Memorandum on the prevention of leprosy by segregation of the affected
Disease focus: Leprosy
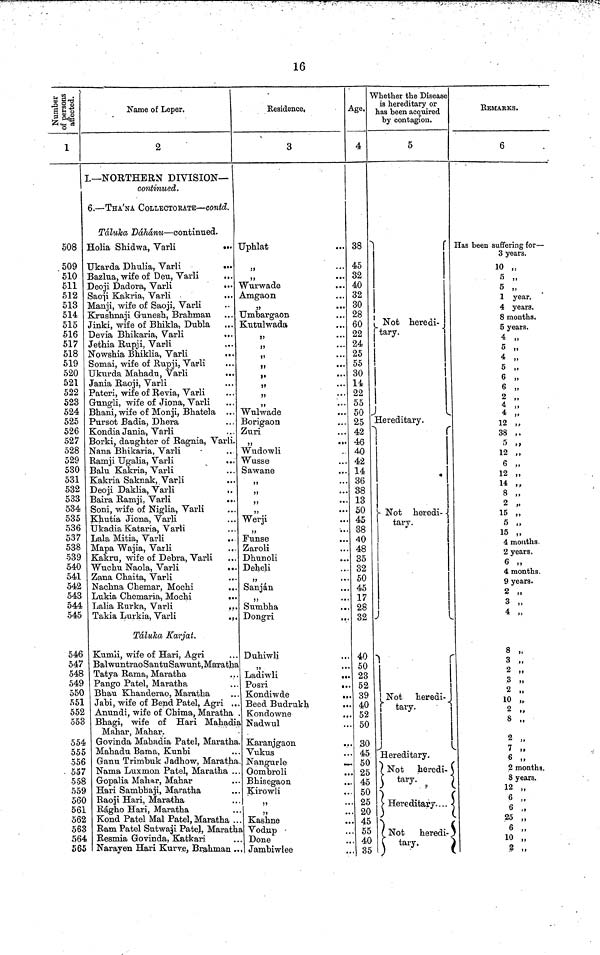
16
Number of peresonsaffected.
1
508
509
510
511
512
513
514
515
516
517
518
519
520
521
522
523
524
525
526
527
528
529
530
531
532
533
534
535
536
537
538
539
540
541
542
543
544
545
546
547
548
549
550
551
552
553
554
555
556
557
558
559
560
561
562
563
564
565
Name of Leper.
2
I.— NORTHERN DIVISION—
continued.
6. — THA'NA COLLECTORATE — contd.
Taluka Ddhdnu — continued.
Holia Shidwa, Varli
Ukarda Dhulia, Varli
Bazlua, wife of Deu, Varli
Deoji Dadora, Varli
Saoji Kakria, Varli
Manji, wife of Saoji, Varli
Krushnaji Gunesh, Brahman
Jinki, wife of Bhikla, Dubla
Devia Bhikaria, Varli
Jethia Rupji, Varli
Nowshia Bhiklia, Varli
Somai, wife of Rupji, Varli
Ukurda Mahadu, Varli
Jania Raoji, Varli
Pateri, wife of Revia, Varli
Gungli, wife of Jiona, Varli
Bhani, wife of Monji, Bhatela
Pursot Badia, Dhera
Kondia Jania, Varli
Borki, daughter of Ragnia, Varli.
Nana Bhikaria, Varli
Ramji Ugalia, Varli
Balu Kakria, Varli
Kakria Saknak, Varli
Deoji Daklia, Varli
Baira Ramji, Varli
Soni, wife of Niglia, Varli
Khutia Jiona, Varli
Ukadia Kataria, Varli
Lala Mitia, Varli
Mapa Wajia, Varli
Kakru, wife of Debra, Varli
Wuchu Naola, Varli
. . .
Zana Chaita, Varli
...
Nachna Chemar, Mochi
...
Lukia Chemaria, Mochi
...
Lalia Rurka, Varli
...
Takia Lurkia, Varli
...
Taluka Karjat.
Kumli, wife of Hari, Agri
BalwuntraoSantuSawunt, Maratha
Tatya Rama, Maratha
Pango Patel, Maratha
Bhau Khanderao, Maratha
Jabi, wife of Bend Patel, Agri
Anundi, wife of Chima, Maratha
Bhagi, wife of Hari Mahadi
Mahar, Mahar.
Govinda Mahadia Patel, Maratha
Mahadu Bama,
Kunbi
Ganu Trimbuk Jadhow, Maratha
Gopalia Mahar, Mahar
Hari Sambhaji, Maratha
Raoji Hari, Maratha
Ragho Hari, Maratha
Kond Patel Mal Patel, Maratha .
Ram Patel Sutwaji Patel, Marath
Resmia Govinda, Katkari
Narayen Hari Kurve, Brahman
Residence,
3
10 "
Uphlat
"
"
Wurwade
Amgaon
"
Umbargaon
Kutulwada
"
"
"
"
"
"
"
"
Wulwade
Borigaon
Zuri
"
Wudowli
Wusse
Sawane
"
"
"
Werji
Funse
Zaroli
Dhunoli
Deheli
Sanjan
"
Sumbha
...
Dongri
...
Duhiwli
" Ladiwli
...
Posri
..
Kondiwde
Beed Budrukh
Kondowne
..
Nadwul
Karanjgaon
Nangurle
Oombroli
Bhisegaon
Kirowli
"
Kashne
Vodup
Done
Jambiwlee
Age.
4
38
45
32
40
32
30
28
60
22
24
25
55
30
14
22
55
50
25
42
46
40
42
14
36
38
13
50
45
38
40
48
35
32
50
45
17
28
32
40
50
23
52
39
40
52
50
30
45
50
25
45
50
25
20
45
55
40
35
Whether the Disease
is hereditary or
has been acquired
by contagion.
5
Not heredi-
tary.
Hereditary.
Not
heredi-
tary
Not heredi-
tary.
Hereditary.
Not heredi-
tary.
Hereditary. . . .
Not
heredi-
tary.
REMARKS.
6
Has been suffering for —
3 years.
10 "
5 "
5 "
1 year.
4 years.
8 months.
5 years.
5 "
4 "
5 "
6 "
6 "
6 "
2 "
4 "
12 "
38 "
5 "
12 "
6 "
12 "
14 "
8 "
2 "
15 "
5
15 "
4 months.
2 years .
4 months
9 years.
2 "
3 "
4 "
8 "
1 "
2 "
3 "
2 "
10 "
3 "
2
months,
8
years.
12
"
6 "
25
"
6
"
10
"